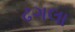
ઢગલા